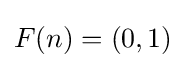
F(n)=(0,1)